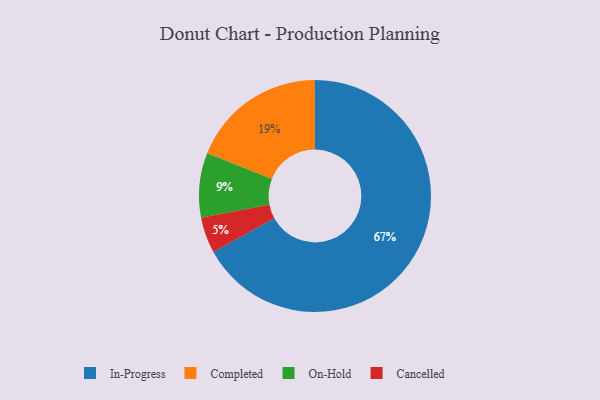
{"axis": {"x": "Category", "y": "Percentage"}, "legend": ["Cancelled", "Completed", "In-Progress", "On-Hold"], "data": [{"x": "Completed", "y": 19, "type": "Completed"}, {"x": "On-Hold", "y": 9, "type": "On-Hold"}, {"x": "In-Progress", "y": 67, "type": "In-Progress"}, {"x": "Cancelled", "y": 5, "type": "Cancelled"}]}